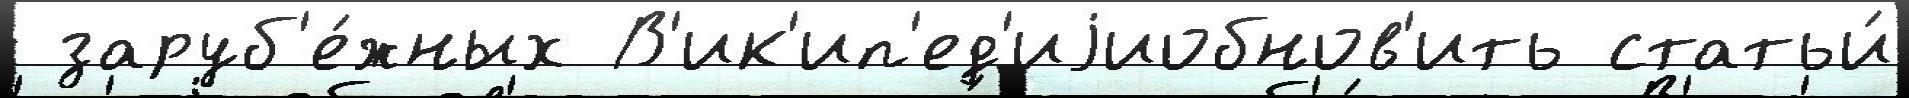
 заруб'е́жных В'ик'ип'ед'иjиобнов'ить статьи́